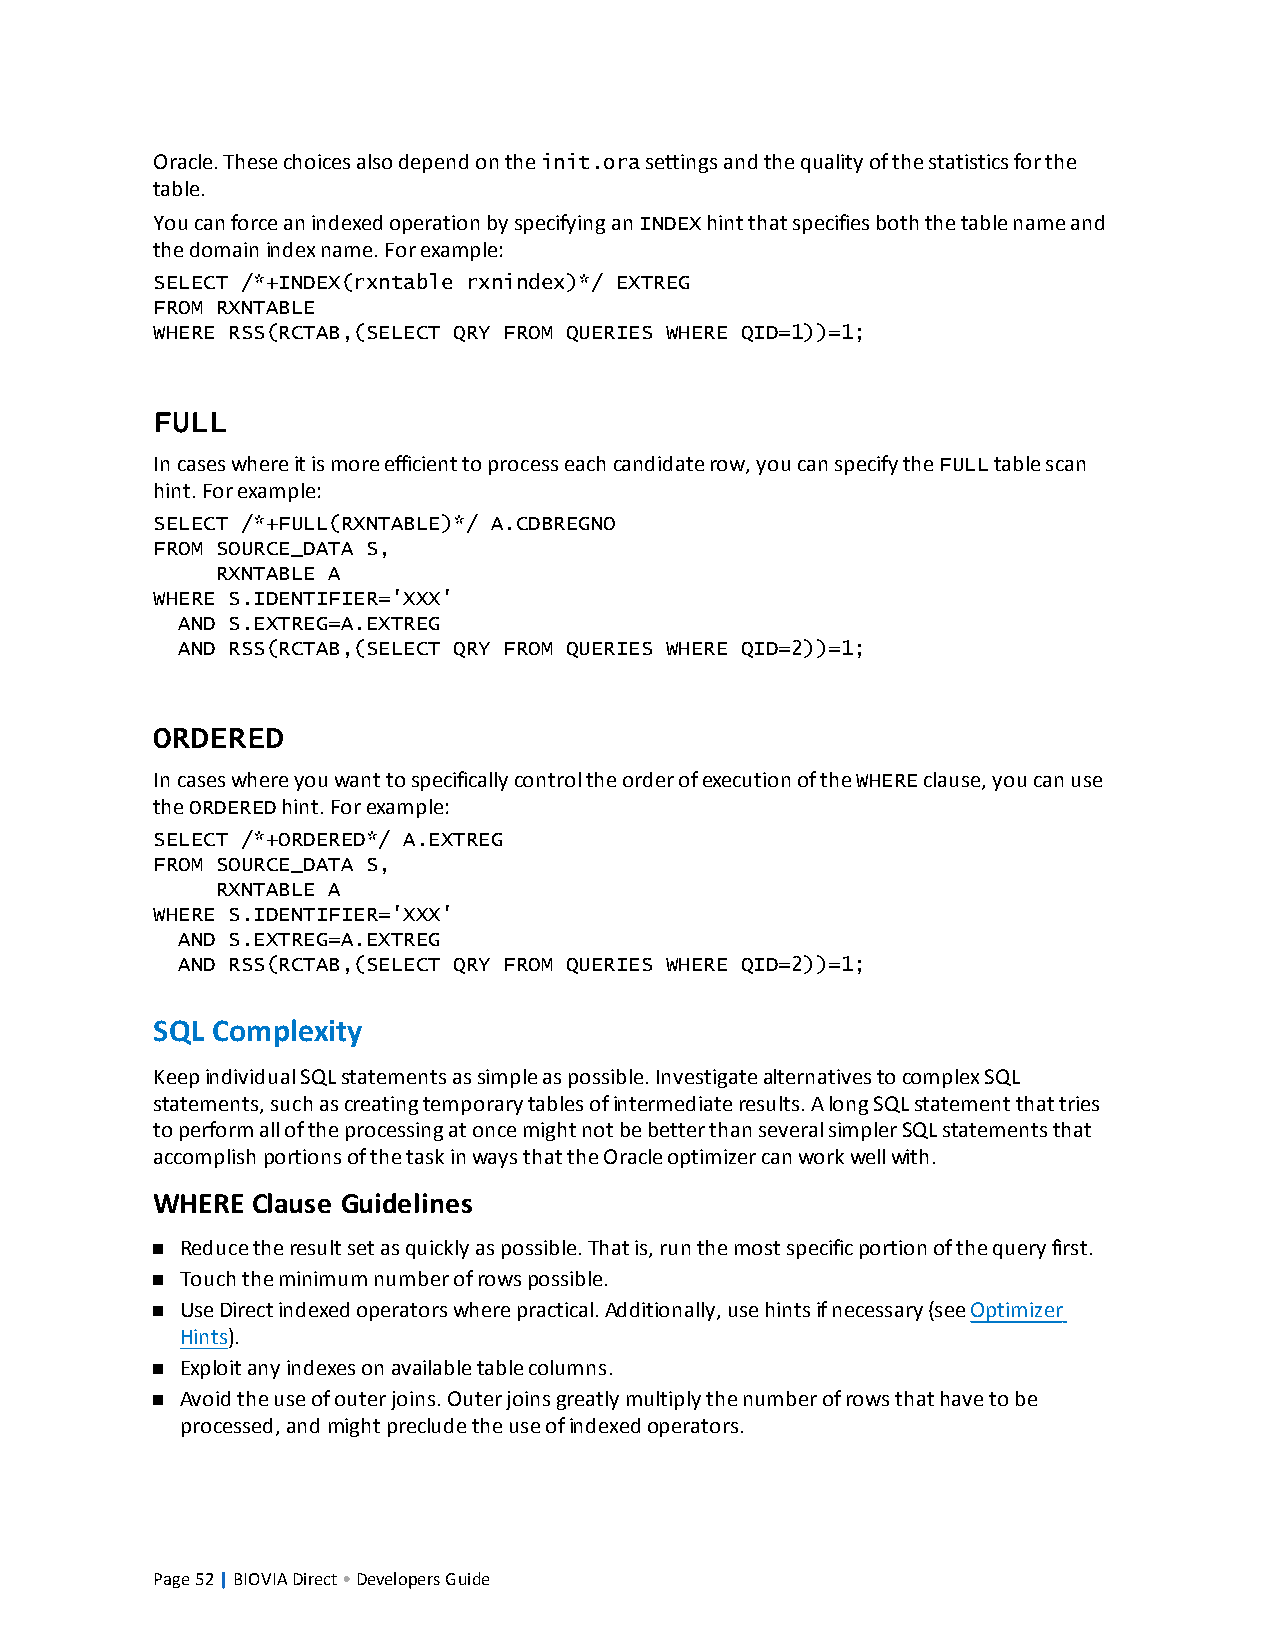
Oracle.Thesechoicesalsodependontheinit.orasettingsandthequalityofthestatisticsforthe
 table.
 YoucanforceanindexedoperationbyspecifyinganINDEXhintthatspecifiesboththetablenameand
 thedomainindexname.Forexample:
 SELECT /*+INDEX(rxntable rxnindex)*/ EXTREG
 FROM RXNTABLE
 WHERE RSS(RCTAB,(SELECT QRY FROM QUERIES WHERE QID=1))=1;
 FULL
 Incaseswhereitismoreefficienttoprocesseachcandidaterow,youcanspecifytheFULLtablescan
 hint.Forexample:
 SELECT /*+FULL(RXNTABLE)*/ A.CDBREGNO
 FROM SOURCE_DATA S,
 RXNTABLE A
 WHERE S.IDENTIFIER='XXX'
 AND S.EXTREG=A.EXTREG
 AND RSS(RCTAB,(SELECT QRY FROM QUERIES WHERE QID=2))=1;
 ORDERED
 IncaseswhereyouwanttospecificallycontroltheorderofexecutionoftheWHEREclause,youcanuse
 theORDEREDhint.Forexample:
 SELECT /*+ORDERED*/ A.EXTREG
 FROM SOURCE_DATA S,
 RXNTABLE A
 WHERE S.IDENTIFIER='XXX'
 AND S.EXTREG=A.EXTREG
 AND RSS(RCTAB,(SELECT QRY FROM QUERIES WHERE QID=2))=1;
 SQL Complexity
 KeepindividualSQLstatementsassimpleaspossible.InvestigatealternativestocomplexSQL
 statements,suchascreatingtemporarytablesofintermediateresults.AlongSQLstatementthattries
 toperformalloftheprocessingatoncemightnotbebetterthanseveralsimplerSQLstatementsthat
 accomplishportionsofthetaskinwaysthattheOracleoptimizercanworkwellwith.
 WHERE  Clause Guidelines
 n Reducetheresultsetasquicklyaspossible.Thatis,runthemostspecificportionofthequeryfirst.
 n Touchtheminimumnumberofrowspossible.
 n UseDirectindexedoperatorswherepractical.Additionally,usehintsifnecessary(seeOptimizer
 Hints).
 n Exploitanyindexesonavailabletablecolumns.
 n Avoidtheuseofouterjoins.Outerjoinsgreatlymultiplythenumberofrowsthathavetobe
 processed,andmightprecludetheuseofindexedoperators.
 Page52|BIOVIADirect•DevelopersGuide